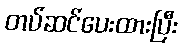
တပ်ဆင်ပေးထားပြီး